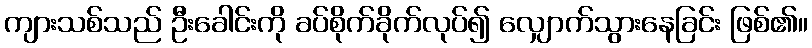
ကျားသစ်သည် ဦးခေါင်းကို ခပ်စိုက်ခိုက်လုပ်၍ လျှောက်သွားနေခြင်း ဖြစ်၏။